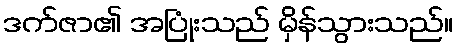
ဒက်ဇာ၏ အပြုံးသည် မှိန်သွားသည်။